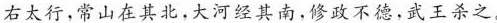
传》)右太行，常山在其北。大河经其南，修政不德，武王杀之。